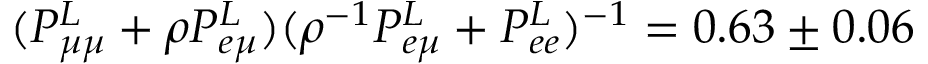
( P _ { \mu \mu } ^ { L } + \rho { P _ { e \mu } ^ { L } } ) ( \rho ^ { - 1 } P _ { e \mu } ^ { L } + P _ { e e } ^ { L } ) ^ { - 1 } = 0 . 6 3 \pm 0 . 0 6